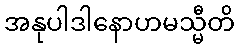
အနုပါဒါနောဟမသ္မီတိ